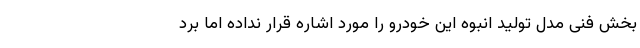
بخش فنی مدل تولید انبوه این خودرو را مورد اشاره قرار نداده اما برد